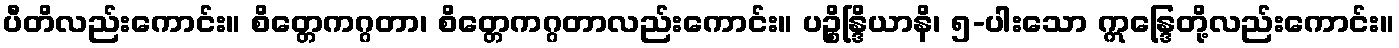
ပီတိလည်းကောင်း။ စိတ္တေကဂ္ဂတာ၊ စိတ္တေကဂ္ဂတာလည်းကောင်း။ ပဉ္စိန္ဒြိယာနိ၊ ၅-ပါးသော ဣန္ဒြေတို့လည်းကောင်း။